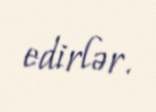
edirlər.